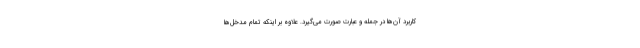
کاربرد آن‌ها در جمله و عبارت صورت می‌گیرد. علاوه بر اینکه تمام مدخل‌ها